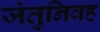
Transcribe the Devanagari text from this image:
जंतुनिवह